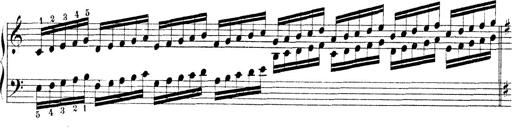
Title: Technische Studien
Composer: Franz Liszt